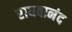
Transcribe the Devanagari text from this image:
राधवानंद